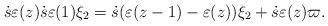
LaTeX: \begin{align*}\dot{s}\varepsilon(z) \dot{s} \varepsilon(1) \xi_2=\dot{s} (\varepsilon (z-1)-\varepsilon(z) ) \xi_2+ \dot{s}\varepsilon(z)\varpi.\end{align*}